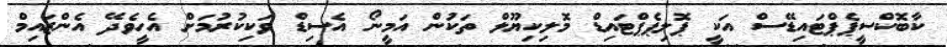
ކާބޮކްސީޕެޕްޓައިޑޭސް އަކީ ޕޮލިޕެޕްޓައިޑް މޮލިކިޔޫލް ތަކުން އަމީނޯ އެސިޑް ވަކިކުރުމަށް އެހީވެދޭ އެންޒައިމް